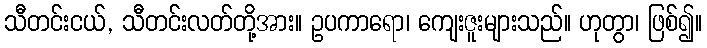
သီတင်းငယ်, သီတင်းလတ်တို့အား။ ဥပကာရော၊ ကျေးဇူးများသည်။ ဟုတွာ၊ ဖြစ်၍။